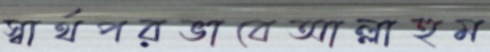
স্বার্থপরভাবেআল্লাহুম